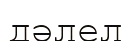
дәлел